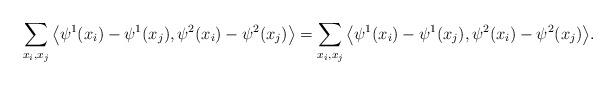
LaTeX: \begin{align*}& \sum_{x_i, x_j } \big\langle \psi^1(x_i) - \psi^1(x_j), \psi^2(x_i) - \psi^2(x_j) \big\rangle= \sum_{x_i, x_j } \big\langle \psi^1(x_i) - \psi^1(x_j), \psi^2(x_i) - \psi^2(x_j) \big\rangle. \end{align*}